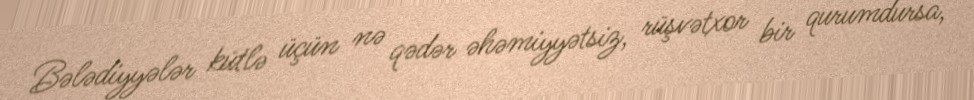
Bələdiyyələr kütlə üçün nə qədər əhəmiyyətsiz, rüşvətxor bir qurumdursa,